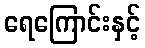
ရေကြောင်းနှင့်